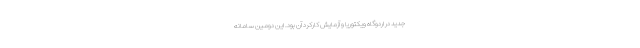
جدید در اردوگاه ویکتوریا و آزمایش کارکرد آن بود. این دومین سامانه